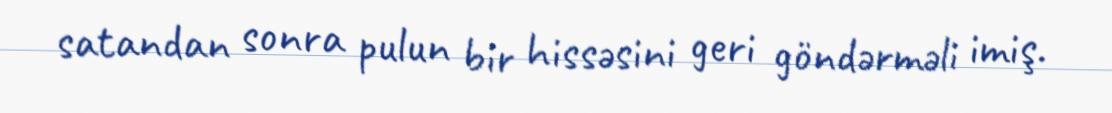
satandan sonra pulun bir hissəsini geri göndərməli imiş.